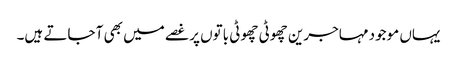
یہاں موجود مہاجرین چھوٹی چھوٹی باتوں پر غصے میں بھی آ جاتے ہیں۔